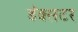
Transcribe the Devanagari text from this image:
डॅक्सटर